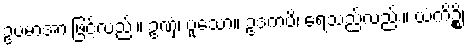
ဥပမာအားဖြင့်လည်း။ ဥဏှံ၊ ပူသော။ ဥဒကံပိ၊ ရေသည်လည်း။ ယံကိဉ္စိ၊